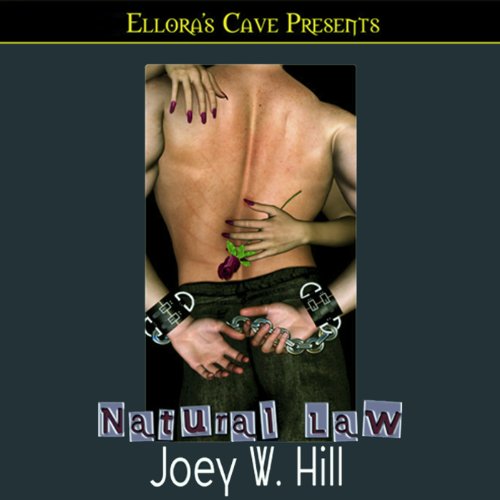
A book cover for Natural Law; Joey W. Hill; Romance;